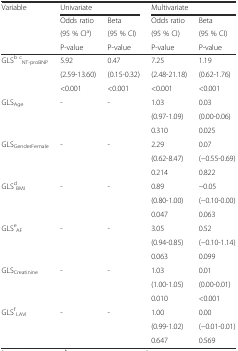
<table><thead><tr><td><b>Variable</b></td><td colspan="2"><b>Univariate</b></td><td colspan="2"><b>Multivariate</b></td></tr><tr><td rowspan="3"></td><td><b>Odds ratio</b></td><td><b>Beta</b></td><td><b>Odds ratio</b></td><td><b>Beta</b></td></tr><tr><td><b>(95 % CI<sup>a</sup>)</b></td><td><b>(95 % CI)</b></td><td><b>(95 % CI)</b></td><td><b>(95 % CI)</b></td></tr><tr><td><b>P-value</b></td><td><b>P-value</b></td><td><b>P-value</b></td><td><b>P-value</b></td></tr></thead><tbody><tr><td rowspan="3">GLS<sup>b</sup><sub> NT-proBNP</sub><sup>c</sup></td><td>5.92</td><td>0.47</td><td>7.25</td><td>1.19</td></tr><tr><td>(2.59-13.60)</td><td>(0.15-0.32)</td><td>(2.48-21.18)</td><td>(0.62-1.76)</td></tr><tr><td>&lt;0.001</td><td>&lt;0.001</td><td>&lt;0.001</td><td>&lt;0.001</td></tr><tr><td rowspan="3">GLS<sub>Age</sub></td><td>-</td><td>-</td><td>1.03</td><td>0.03</td></tr><tr><td></td><td></td><td>(0.97-1.09)</td><td>(0.00-0.06)</td></tr><tr><td></td><td></td><td>0.310</td><td>0.025</td></tr><tr><td rowspan="3">GLS<sub>GenderFemale</sub></td><td>-</td><td>-</td><td>2.29</td><td>0.07</td></tr><tr><td></td><td></td><td>(0.62-8.47)</td><td>(−0.55-0.69)</td></tr><tr><td></td><td></td><td>0.214</td><td>0.822</td></tr><tr><td rowspan="3">GLS<sub> BMI</sub><sup>d</sup></td><td>-</td><td>-</td><td>0.89</td><td>−0.05</td></tr><tr><td></td><td></td><td>(0.80-1.00)</td><td>(−0.10-0.00)</td></tr><tr><td></td><td></td><td>0.047</td><td>0.063</td></tr><tr><td rowspan="3">GLS<sub> AF</sub><sup>e</sup></td><td>-</td><td>-</td><td>3.05</td><td>0.52</td></tr><tr><td></td><td></td><td>(0.94-0.85)</td><td>(−0.10-1.14)</td></tr><tr><td></td><td></td><td>0.063</td><td>0.099</td></tr><tr><td rowspan="3">GLS<sub>Creatinine</sub></td><td>-</td><td>-</td><td>1.03</td><td>0.01</td></tr><tr><td></td><td></td><td>(1.00-1.05)</td><td>(0.00-0.01)</td></tr><tr><td></td><td></td><td>0.010</td><td>&lt;0.001</td></tr><tr><td rowspan="3">GLS<sub> LAVI</sub><sup>f</sup></td><td>-</td><td>-</td><td>1.00</td><td>0.00</td></tr><tr><td></td><td></td><td>(0.99-1.02)</td><td>(−0.01-0.01)</td></tr><tr><td></td><td></td><td>0.647</td><td>0.569</td></tr></tbody></table>